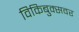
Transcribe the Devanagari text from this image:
विकिबुक्सवर